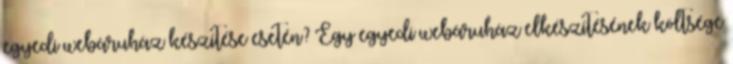
egyedi webáruház készítése esetén? Egy egyedi webáruház elkészítésének költsége